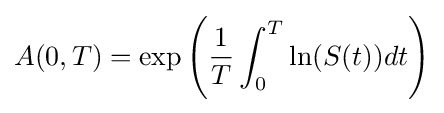
A(0,T)=\exp \left({\frac {1}{T}}\int _{0}^{T}\ln(S(t))dt\right)